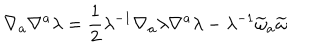
LaTeX: \nabla _ { a } \nabla ^ { a } \lambda = \frac { 1 } { 2 } \lambda ^ { - 1 } \nabla _ { a } \lambda \nabla ^ { a } \lambda - \lambda ^ { - 1 } \widetilde { \omega } _ { a } \widetilde { \omega }